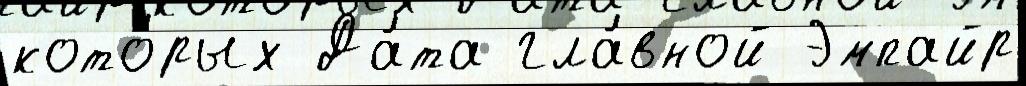
кото́рых Да́та гла́вной Эмпайр